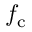
f _ { \mathrm { c } }